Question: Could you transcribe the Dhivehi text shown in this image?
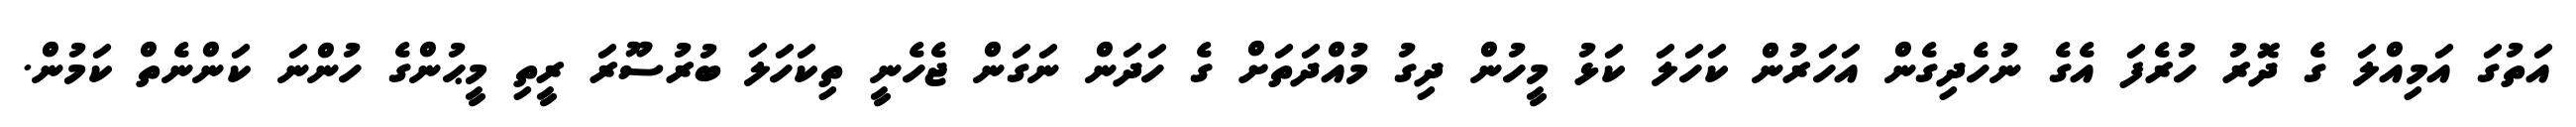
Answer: އަތުގަ އަމިއްލަ ގެ ދޮރު ހުރެފަ އެގެ ނުހެދިގެން އަހަރުން ކަހަލަ ކަޅު މީހުން ދިގު މުއްދަތަށް ގެ ހަދަން ނަގަން ޖެހެނީ ތިކަހަލަ ބުރުސޫރަ ރީތި މީޙުންގެ ހުންނަ ކަންނެތް ކަމުން.